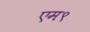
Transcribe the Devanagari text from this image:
एम९